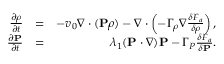
\begin{array} { r l r } { \frac { \partial \rho } { \partial t } } & { = } & { - v _ { 0 } \nabla \cdot ( { \bf P } \rho ) - \nabla \cdot \left( - \Gamma _ { \rho } \nabla \frac { \delta F _ { a } } { \delta \rho } \right) , } \\ { \frac { \partial { \bf P } } { \partial t } } & { = } & { \lambda _ { 1 } ( { \bf P } \cdot \nabla ) { \bf P } - \Gamma _ { P } \frac { \delta F _ { a } } { \delta { \bf P } } . } \end{array}